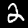
Digit: 2